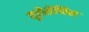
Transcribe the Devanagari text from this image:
यूरोसेप्सिस